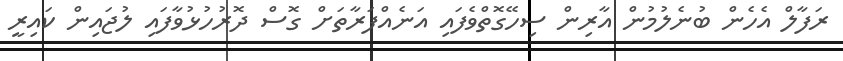
ރަފާލް އެހެން ބުނެލުމުން އާރިން ސިހޭގޮތްވެފައި އަނެއްފަރާތަށް ގޮސް ދޮރުހުޅުވާފައި ލުޖައިން ކައިރީ